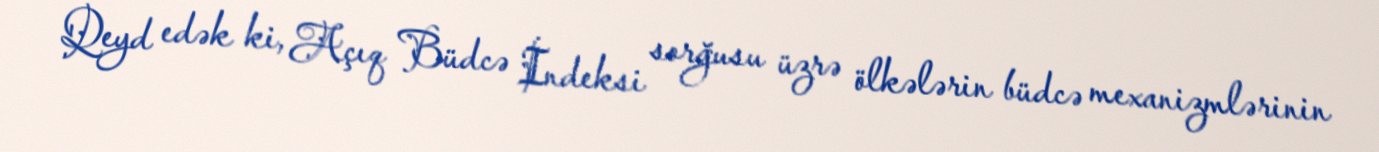
Qeyd edək ki, Açıq Büdcə İndeksi sorğusu üzrə ölkələrin büdcə mexanizmlərinin